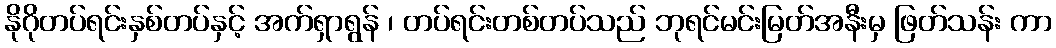
နိုဂိုတပ်ရင်းနှစ်တပ်နှင့် အက်ရှာရွန် ၊ တပ်ရင်းတစ်တပ်သည် ဘုရင်မင်းမြတ်အနီးမှ ဖြတ်သန်း ကာ